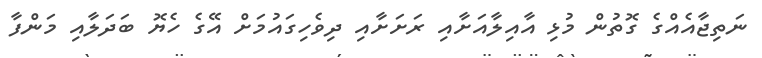
ނަތިޖާއެއްގެ ގޮތުން މުޅި އާއިލާއަށާއި ރަށަށާއި ދިވެހިގައުމަށް އޭގެ ހެޔޮ ބަދަލާއި މަންފާ